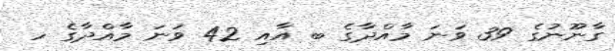
ގާނޫނުގެ 39 ވަނަ މާއްދާގެ ބ އާއި 42 ވަނަ މާއްދާގެ ހ